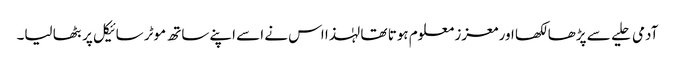
آدمی حلیے سے پڑھا لکھا اور معزز معلوم ہوتا تھا لہٰذا اس نے اسے اپنے ساتھ موٹر سائیکل پر بٹھا لیا۔